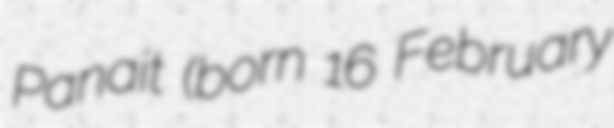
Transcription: Panait (born 16 February